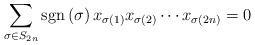
LaTeX: \begin{align*}\sum_{\sigma \in S_{2n}}\mathrm{sgn}\left( \sigma \right) x_{\sigma \left(1\right) }x_{\sigma \left( 2\right) }\cdots x_{\sigma \left( 2n\right) }=0\end{align*}